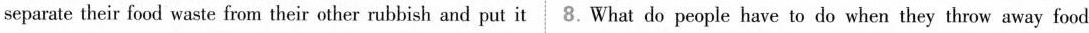
separate their food waste from their other rubbish and put it 8.What do people have to do when they throw away food